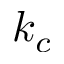
k _ { c }